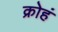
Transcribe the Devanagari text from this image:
क्रोहं